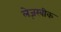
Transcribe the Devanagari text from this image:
लेज़रबीक